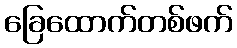
ခြေထောက်တစ်ဖက်